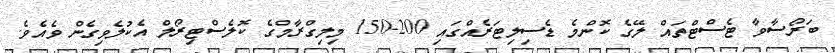
ބަރޯސާވާ ޓެސްޓްތައް ލޭގެ ކޮންމެ ޑެސިލިޓަރެއްގައި 200-150 މިލިގްރާމްގެ ކޮލެސްޓިރޯލް އެކުލެވިގެން ވެއެވެ.